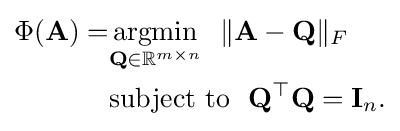
{\begin{aligned}\Phi (\mathbf {A} )=&{\underset {\mathbf {Q} \in \mathbb {R} ^{m\times n}}{\text{argmin}}}~~\|\mathbf {A} -\mathbf {Q} \|_{F}\\&{\text{subject to}}~~\mathbf {Q} ^{\top }\mathbf {Q} =\mathbf {I} _{n}.\end{aligned}}